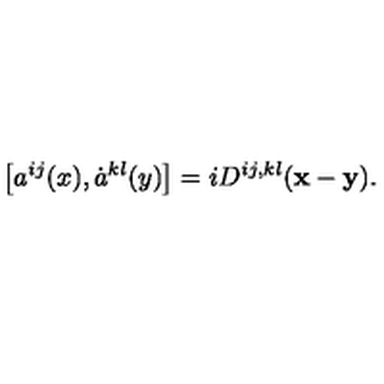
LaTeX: \left[ a ^ { i j } ( x ) , \dot { a } ^ { k l } ( y ) \right] = i D ^ { i j , k l } ( { \bf x - y } ) .